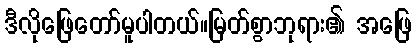
ဒီလိုဖြေတော်မူပါတယ်။မြတ်စွာဘုရား၏ အဖြေ